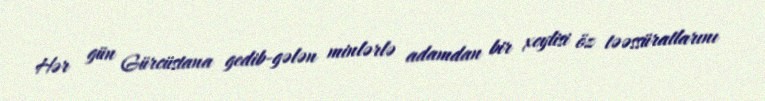
Hər gün Gürcüstana gedib-gələn minlərlə adamdan bir xeylisi öz təəssüratlarını